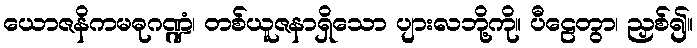
ယောဇနိကမဓုဂဏ္ဍံ၊ တစ်ယူဇနာရှိသော ပျားလဘို့ကို။ ပီဠေတွာ၊ ညှစ်၍။